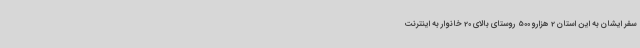
سفر ایشان به این استان 2 هزارو 500 روستای بالای 20 خانوار به اینترنت